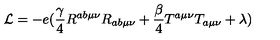
{ \cal { L } } = - e ( \frac { \gamma } { 4 } R ^ { a b \mu \nu } R _ { a b \mu \nu } + \frac { \beta } { 4 } T ^ { a \mu \nu } T _ { a \mu \nu } + \lambda )